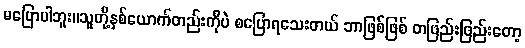
မပြောပါဘူး။သူတို့နှစ်ယောက်တည်းကိုပဲ စပြောရသေးတယ် ဘာဖြစ်ဖြစ် တဖြည်းဖြည်းတော့